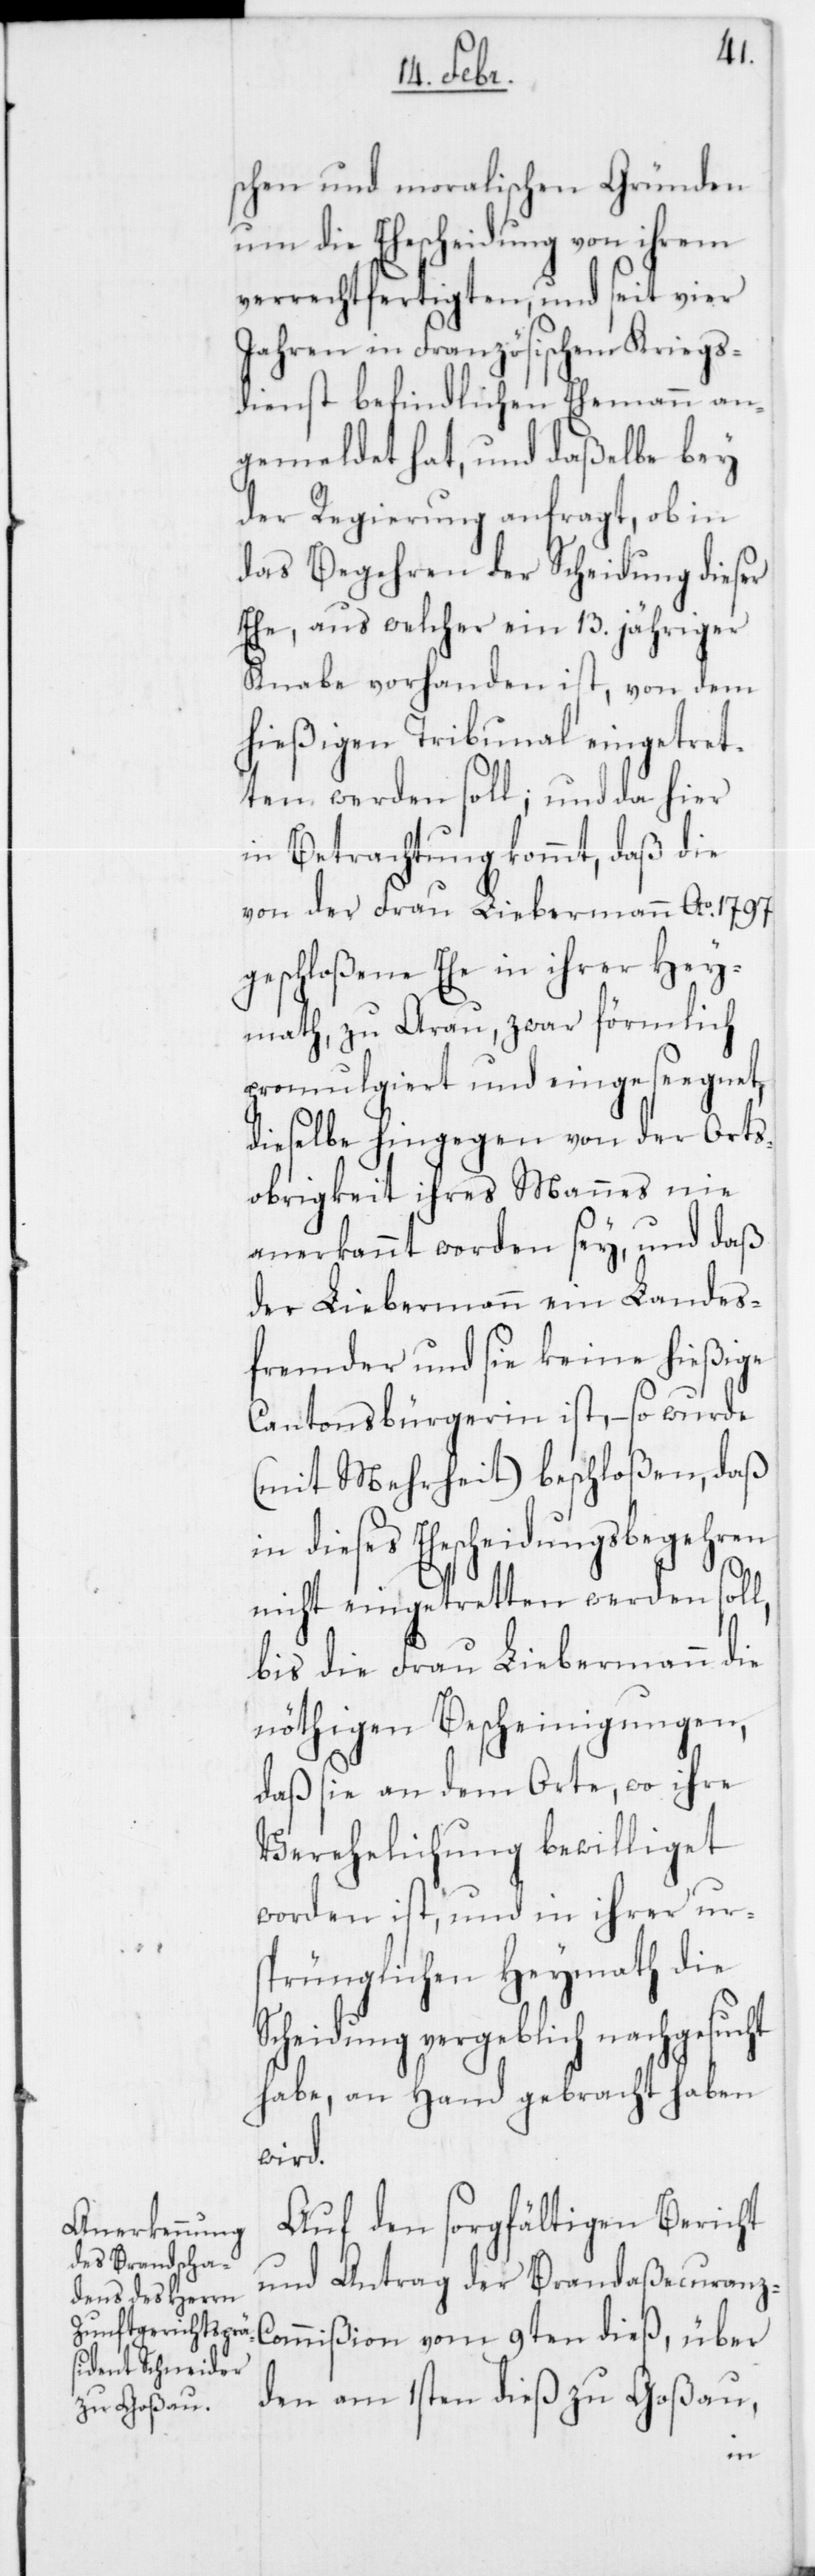
schen und moralischen Gründen
um die Ehescheidung von ihrem
verrechtfertigten, und seit vier
Jahren in Französischen Kriegs¬
dienst befindlichen Ehemann an¬
gemeldet hat, und daßelbe bey
der Regierung anfragt, ob in
das Begehren der Scheidung dieser
Ehe, aus welcher ein 13. jähriger
Knabe vorhanden ist, von dem
hießigen Tribunal eingetret¬
ten werden soll; und da hier
in Betrachtung kommt, daß die
von der Frau Liebermann Ao. 1797
geschloßene Ehe in ihrer Hey¬
math zu Arau, zwar förmlich
promulgiert und eingeseegnet,
dieselbe hingegen von der Orts¬
obrigkeit ihres Mannes nie
anerkannt worden sey, und daß
der Liebermann ein Landes¬
fremder und sie keine hießige
Cantonsbürgerin ist, – so wurde
(mit Mehrheit) beschloßen, daß
in dieses Ehescheidungsbegehren
nicht eingetretten werden soll,
bis die Frau Liebermann die
nöthigen Bescheinigungen,
daß sie an dem Orte, wo ihre
Verehelichung bewilliget
worden ist, und in ihrer ur¬
sprünglichen Heymath die
cheidung vergeblich nachgesuc¬
habe, an Hand gebracht haben
wird.
Auf den sorgfältigen Bericht
und Antrag der Brandaßecuranz-C¬
ommißion vom 9ten dieß, über
den am 1sten dieß zu Goßau,
ht